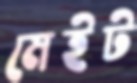
মেইট